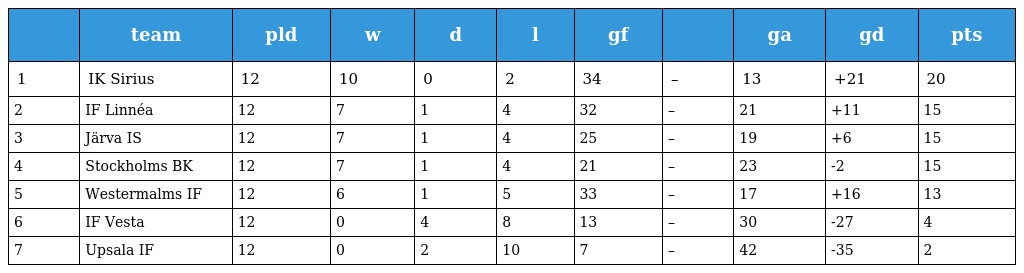
|  | team | pld | w | d | l | gf |  | ga | gd | pts |
 | --- | --- | --- | --- | --- | --- | --- | --- | --- | --- | --- |
 | 1 | IK Sirius | 12 | 10 | 0 | 2 | 34 | – | 13 | +21 | 20 |
 | 2 | IF Linnéa | 12 | 7 | 1 | 4 | 32 | – | 21 | +11 | 15 |
 | 3 | Järva IS | 12 | 7 | 1 | 4 | 25 | – | 19 | +6 | 15 |
 | 4 | Stockholms BK | 12 | 7 | 1 | 4 | 21 | – | 23 | -2 | 15 |
 | 5 | Westermalms IF | 12 | 6 | 1 | 5 | 33 | – | 17 | +16 | 13 |
 | 6 | IF Vesta | 12 | 0 | 4 | 8 | 13 | – | 30 | -27 | 4 |
 | 7 | Upsala IF | 12 | 0 | 2 | 10 | 7 | – | 42 | -35 | 2 |